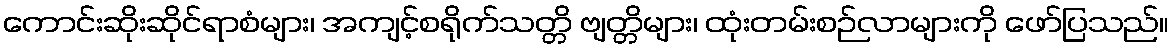
ကောင်းဆိုးဆိုင်ရာစံများ၊ အကျင့်စရိုက်သတ္တိ ဗျတ္တိများ၊ ထုံးတမ်းစဉ်လာများကို ဖော်ပြသည်။